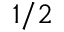
1 / 2